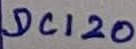
Text: DC120